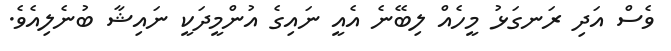
ވެސް އަދި ރަނގަޅު މީހެއް ލިބޭނެ އެއީ ނައިގެ އުންމީދަކީ ނައިޝާ ބުނެލިއެވެ.